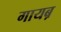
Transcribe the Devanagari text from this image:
गायब़